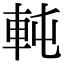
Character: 軘